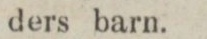
ders barn.